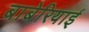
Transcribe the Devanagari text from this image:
बाबेरियाई